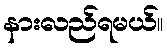
နားလည်ရမယ်။